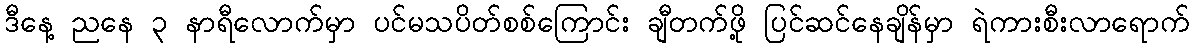
ဒီနေ့ ညနေ ၃ နာရီလောက်မှာ ပင်မသပိတ်စစ်ကြောင်း ချီတက်ဖို့ ပြင်ဆင်နေချိန်မှာ ရဲကားစီးလာရောက်